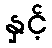
နှင့်